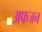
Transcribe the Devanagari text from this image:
अफजन